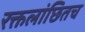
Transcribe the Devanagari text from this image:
रक्तलांछितच